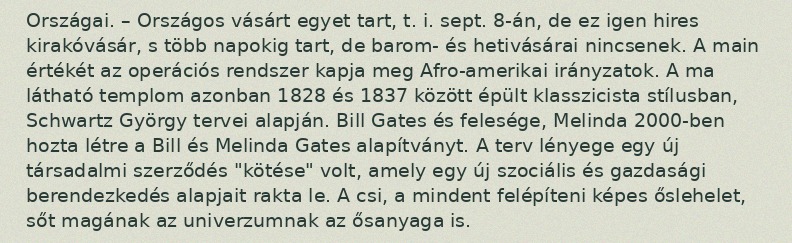
Országai. – Országos vásárt egyet tart, t. i. sept. 8-án, de ez igen hires kirakóvásár, s több napokig tart, de barom- és hetivásárai nincsenek. A main értékét az operációs rendszer kapja meg Afro-amerikai irányzatok. A ma látható templom azonban 1828 és 1837 között épült klasszicista stílusban, Schwartz György tervei alapján. Bill Gates és felesége, Melinda 2000-ben hozta létre a Bill és Melinda Gates alapítványt. A terv lényege egy új társadalmi szerződés "kötése" volt, amely egy új szociális és gazdasági berendezkedés alapjait rakta le. A csi, a mindent felépíteni képes őslehelet, sőt magának az univerzumnak az ősanyaga is.